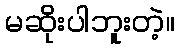
မဆိုးပါဘူးတဲ့။